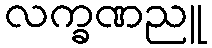
လက္ခဏညူ